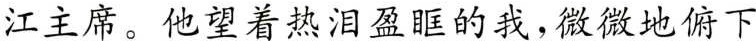
江主席。他望着热泪盈眶的我，微微地俯下